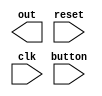
module ex3(
    output  reg [7:0]   out,
    input button,
    input reset,
    input clk
    );

    localparam STATE_INITIAL = 0;
    localparam STATE_T00 = 1;
    localparam STATE_T01 = 2;

    // TODO: Folositi un debouncer pentru buton

    reg [31:0]  red;
    reg [31:0]  green;
    reg [1:0]   currentState;
    reg [1:0]   nextState;
	 
	 initial begin
		red = 0;
		green = 0;
		currentState = STATE_INITIAL;
	 end

    always @(posedge clk) begin
        case (currentState)
            // TODO: STATE_INITIAL -> out va fi 0
            //                     -> alegem starea urmatoare
            

            // TODO: STATE_T00 (red) -> stabilim iesirea, asteptam input de la buton
            //                       -> cand primim input, asteptam un interval de timp

            
            // TODO: STATE_T01 (green) -> stabilim iesirea, declansam un counter
        endcase
        
        // TODO: schimbam starea curenta cu starea urmatoare
    end
endmodule